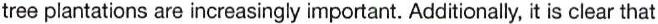
tree plantations are increasingly important. Additionally, it is clear that